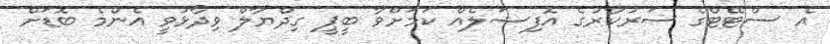
އެ ސްޓޭޓްގެ ސަރުކާރުގެ އޮފިޝަލެއް ކަމަށްވާ ބީޕީ ގިދްޔާލް ވިދާޅުވީ އެންމެ ބޮޑަށް